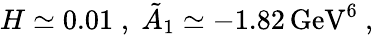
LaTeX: H\simeq 0.01\; ,\; \tilde{A}_{1}\simeq-1.82\, \mathrm{GeV}^{6}\ ,